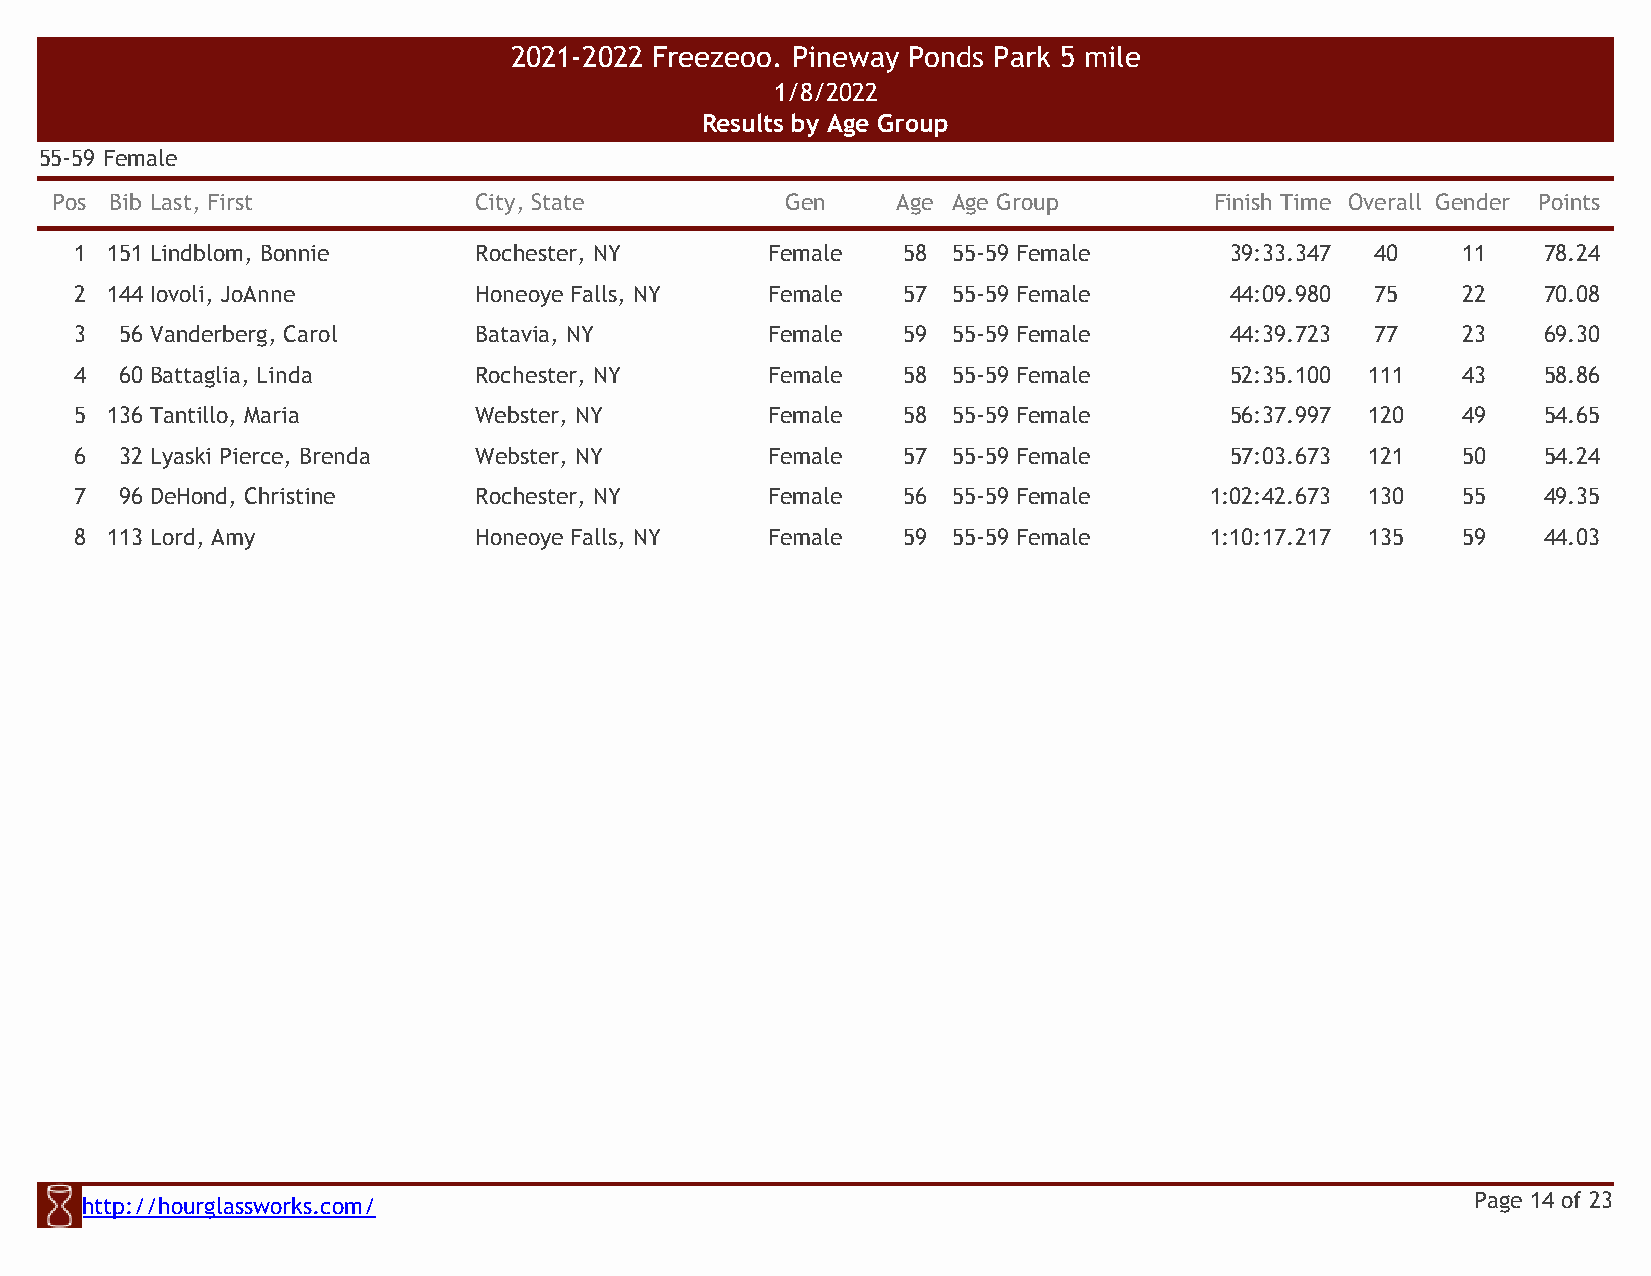
2021-2022 Freezeoo. Pineway Ponds Park 5 mile
 1/8/2022
 Results by Age Group
 55-59 Female
 Pos Bib Last, First         City, State          Gen    Age Age Group        Finish Time Overall Gender Points
 1 151 Lindblom, Bonnie    Rochester, NY       Female   58 55-59 Female      39:33.347 40    11   78.24
 2 144 Iovoli, JoAnne      Honeoye Falls, NY   Female   57 55-59 Female      44:09.980 75    22   70.08
 3  56 Vanderberg, Carol   Batavia, NY         Female   59 55-59 Female      44:39.723 77    23   69.30
 4  60 Battaglia, Linda    Rochester, NY       Female   58 55-59 Female      52:35.100 111   43   58.86
 5 136 Tantillo, Maria     Webster, NY         Female   58 55-59 Female      56:37.997 120   49   54.65
 6  32 Lyaski Pierce, Brenda Webster, NY       Female   57 55-59 Female      57:03.673 121   50   54.24
 7  96 DeHond, Christine   Rochester, NY       Female   56 55-59 Female     1:02:42.673 130  55   49.35
 8 113 Lord, Amy           Honeoye Falls, NY   Female   59 55-59 Female     1:10:17.217 135  59   44.03
 http://hourglassworks.com/                                                                   Page 14 of 23